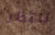
ننتظر